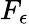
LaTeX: F_{\epsilon}